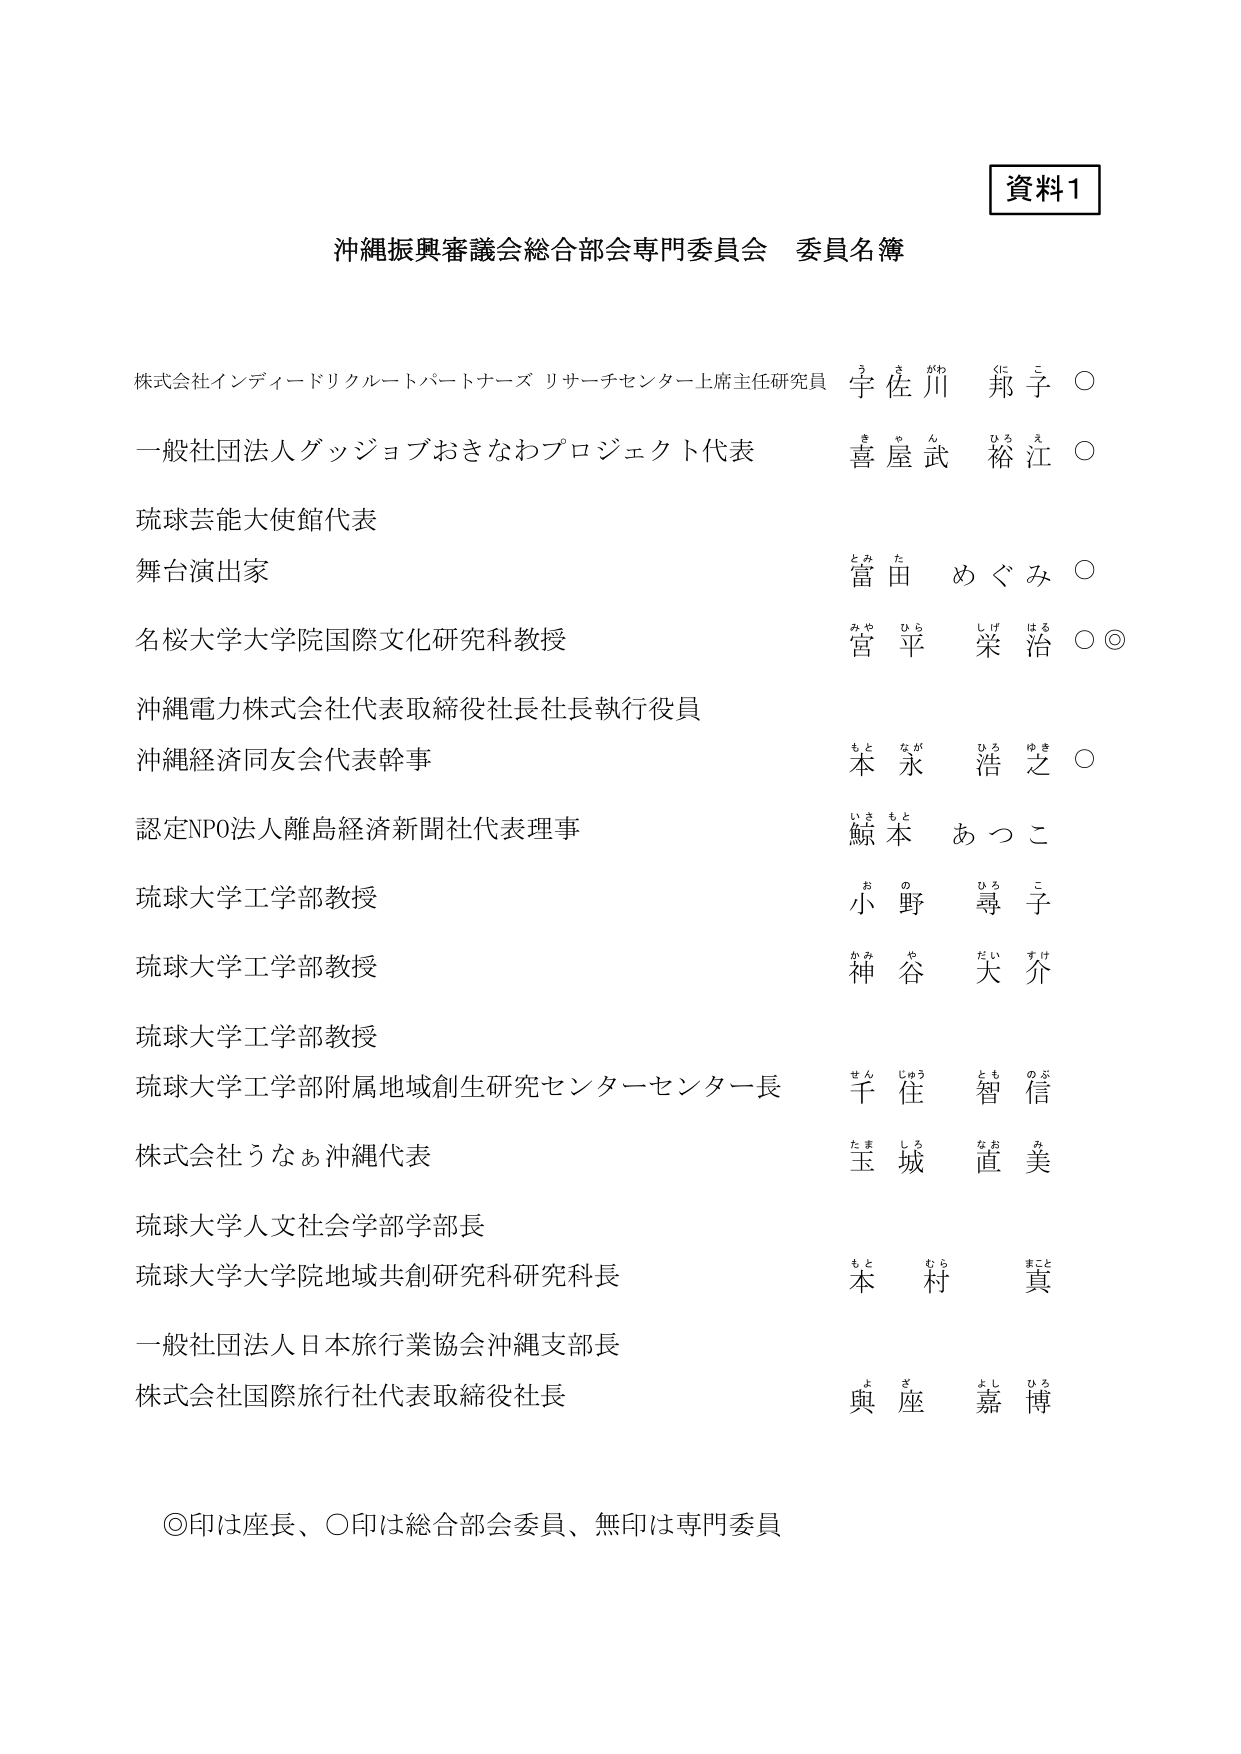
資料1

沖縄振興審議会総合部会専門委員会 委員名簿

株式会社インディードリクルートパートナーズ リサーチセンター上席主任研究員 宇佐川 邦子 ○
一般社団法人グッジョブおきなわプロジェクト代表 喜屋武 裕江 ○
琉球芸能大使館代表
舞台演出家 富田 めぐみ ○
名桜大学大学院国際文化研究科教授 宮平 栄治 ○◎
沖縄電力株式会社代表取締役社長社長執行役員
沖縄経済同友会代表幹事 本永 浩之 ○
認定NPO法人離島経済新聞社代表理事 鯨本 あつこ
琉球大学工学部教授 小野 尋子
琉球大学工学部教授 神谷 大介
琉球大学工学部教授
琉球大学工学部附属地域創生研究センターセンター長 千住 智信
株式会社うなあ沖縄代表 玉城 直美
琉球大学人文社会学部学部長
琉球大学大学院地域共創研究科研究科長 本村 真
一般社団法人日本旅行業協会沖縄支部長
株式会社国際旅行社代表取締役社長 與座 嘉博

◎印は座長、○印は総合部会委員、無印は専門委員